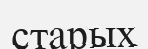
старых